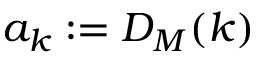
a _ { k } : = D _ { M } ( k )